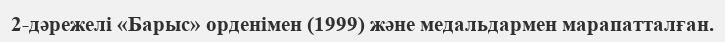
2-дәрежелі «Барыс» орденімен (1999) және медальдармен марапатталған.